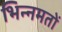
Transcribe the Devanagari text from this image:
भिन्नमतों